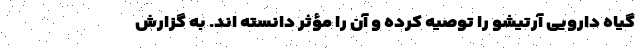
گیاه دارویی آرتیشو را توصیه کرده و آن را مؤثر دانسته اند. به گزارش